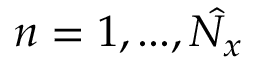
n = 1 , . . . , \hat { N _ { x } }